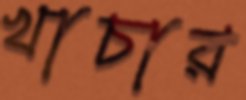
খাচার